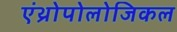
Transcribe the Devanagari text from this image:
एंथ्रोपोलोजिकल